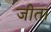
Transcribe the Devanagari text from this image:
जीता